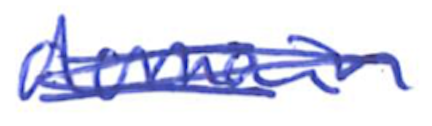
Text: domain
Cross-out: scratch
Writing tool: ballpoint